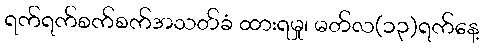
ရက်ရက်စက်စက်အသတ်ခံ ထားရမှု၊ မတ်လ(၁၃)ရက်နေ့